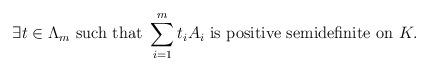
LaTeX: \begin{align*}\exists t\in\Lambda_m\mbox{ such that } \sum_{i=1}^mt_iA_i\mbox{ is positive semidefinite on }K.\end{align*}